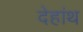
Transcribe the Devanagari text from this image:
देहांथ